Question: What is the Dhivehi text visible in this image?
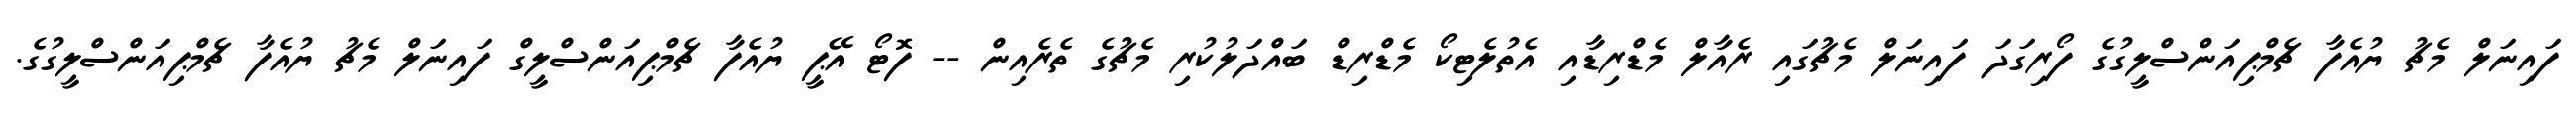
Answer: ފައިނަލް މެޗު ޔުއެފާ ޗެމްޕިއަންސްލީގުގެ ފޯރިގަދަ ފައިނަލް މެޗުގައި ރެއާލް މެޑްރިޑާއި އެތުލެޓިކޯ މެޑްރިޑް ބައްދަލުކުރި މެޗުގެ ތެރެއިން -- ފޮޓޯ އޭޕީ ޔުއެފާ ޗެމްޕިއަންސްލީގް ފައިނަލް މެޗު ޔުއެފާ ޗެމްޕިއަންސްލީގުގެ.